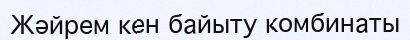
Жәйрем кен байыту комбинаты